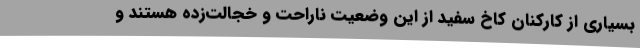
بسیاری از کارکنان کاخ سفید از این وضعیت ناراحت و خجالت‌زده هستند و